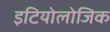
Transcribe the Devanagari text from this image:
इटियोलोजिक